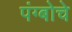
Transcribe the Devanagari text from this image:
पंग्बोचे